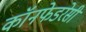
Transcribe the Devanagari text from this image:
कॉनफेडरेसी